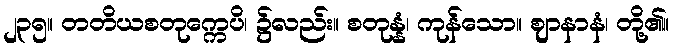
၂၃၅။ တတိယစတုက္ကေပိ၊ ၌လည်း။ စတုန္နံ၊ ကုန်သော။ ဈာနာနံ၊ တို့၏။